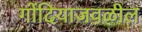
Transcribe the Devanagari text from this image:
गोंदियाजवळील